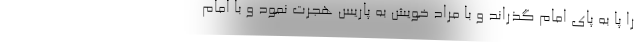
را پا به پای امام گذراند و با مراد خویش به پاریس هجرت نمود و با امام